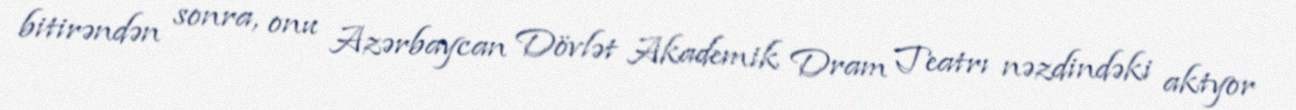
bitirəndən sonra, onu Azərbaycan Dövlət Akademik Dram Teatrı nəzdindəki aktyor